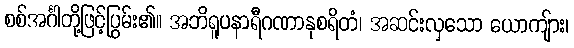
စစ်အင်္ဂါတို့ဖြင့်ပြွမ်း၏။ အဘိရူပနာရီဂဏာနုစရိတံ၊ အဆင်းလှသော ယောကျ်ား၊